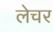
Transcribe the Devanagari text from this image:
लेचर